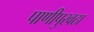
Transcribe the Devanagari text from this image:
पाणीपुरवठा